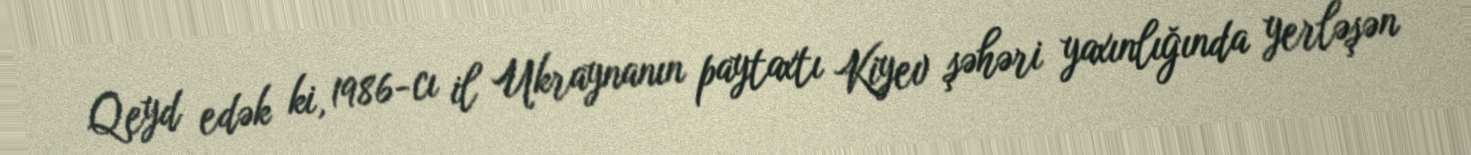
Qeyd edək ki, 1986-cı il Ukraynanın paytaxtı Kiyev şəhəri yaxınlığında yerləşən